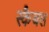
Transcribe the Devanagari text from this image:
स्कैबल